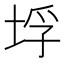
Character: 垺